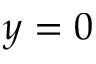
y = 0